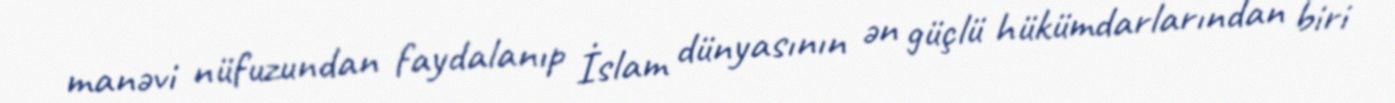
manəvi nüfuzundan faydalanıp İslam dünyasının ən güçlü hükümdarlarından biri